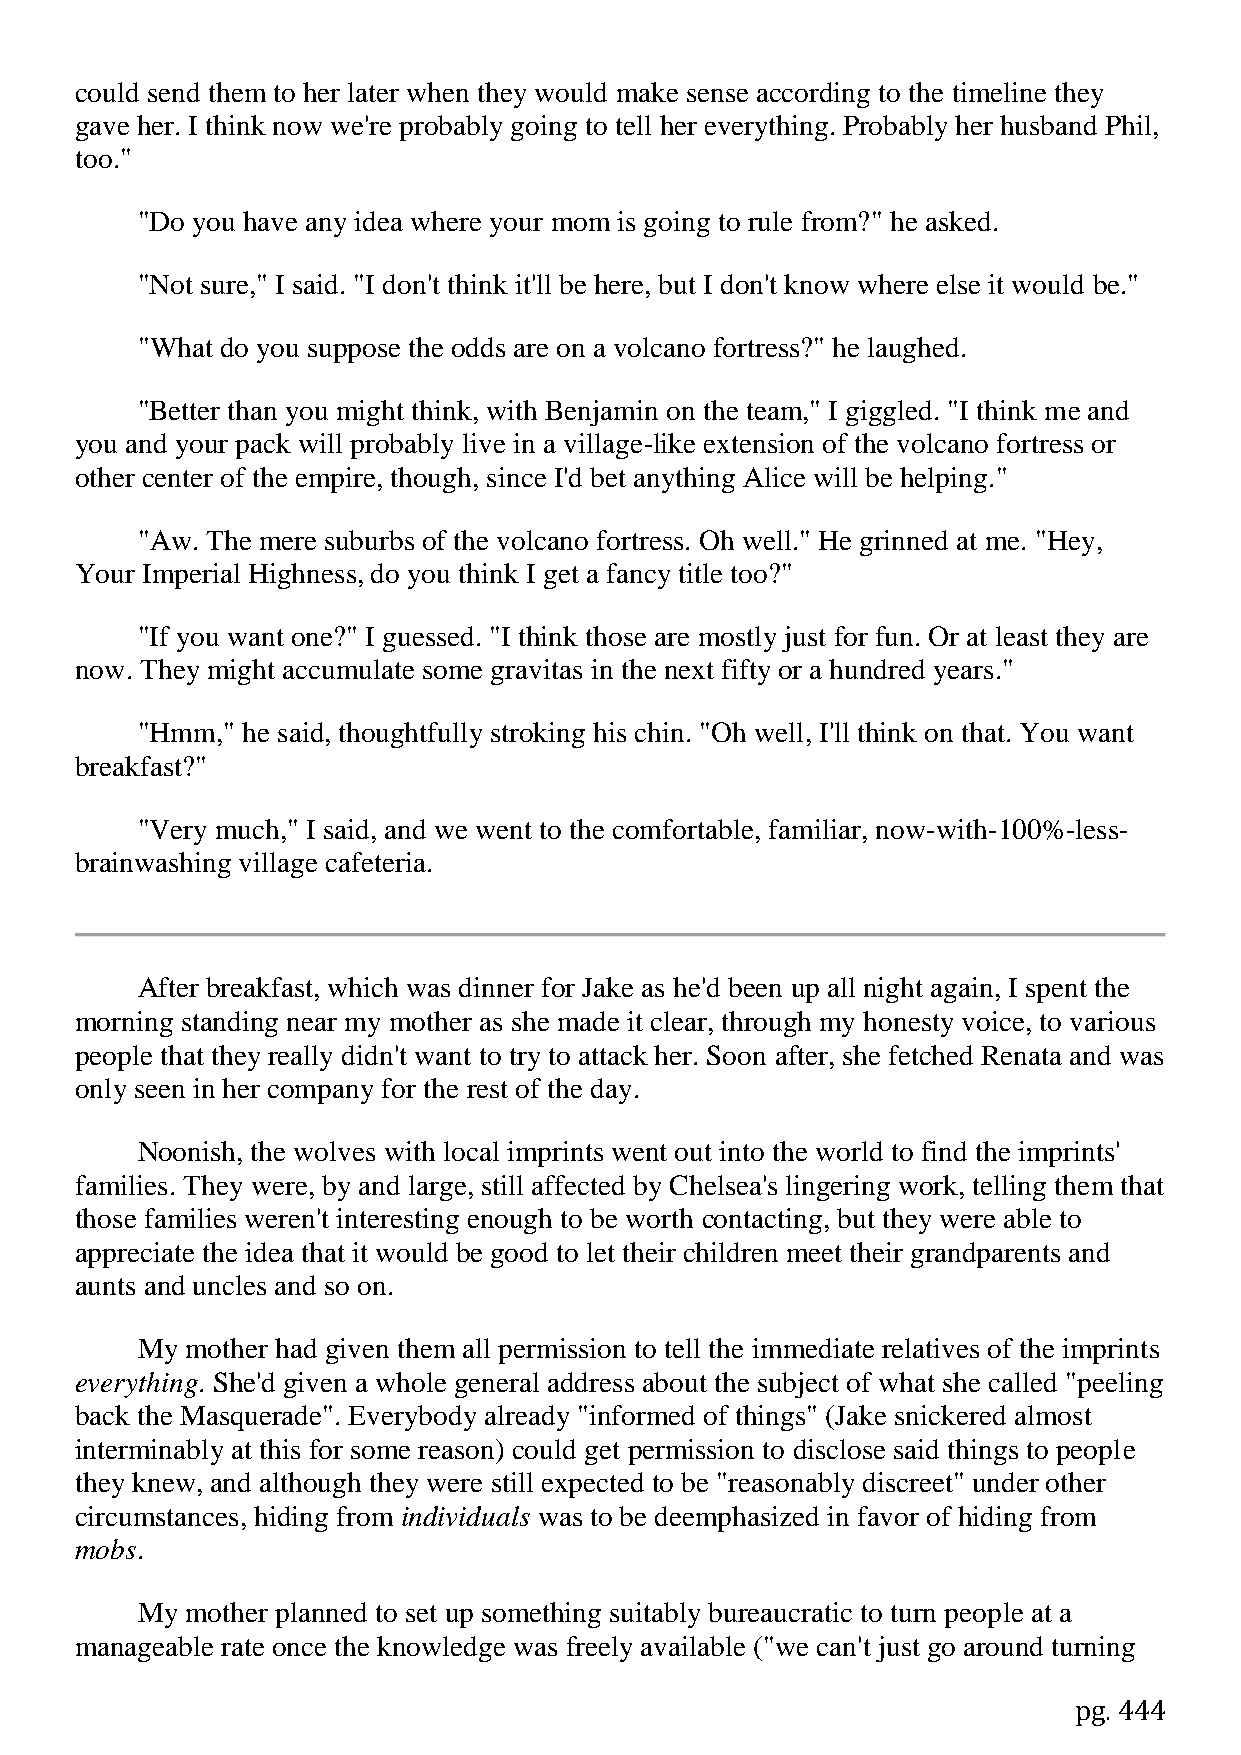
could send them to her later when they would make sense according to the timeline they
 gave her. I think now we're probably going to tell her everything. Probably her husband Phil,
 too."
 "Do you have any idea where your mom is going to rule from?" he asked.
 "Not sure," I said. "I don't think it'll be here, but I don't know where else it would be."
 "What do you suppose the odds are on a volcano fortress?" he laughed.
 "Better than you might think, with Benjamin on the team," I giggled. "I think me and
 you and your pack will probably live in a village-like extension of the volcano fortress or
 other center of the empire, though, since I'd bet anything Alice will be helping."
 "Aw. The mere suburbs of the volcano fortress. Oh well." He grinned at me. "Hey,
 Your Imperial Highness, do you think I get a fancy title too?"
 "If you want one?" I guessed. "I think those are mostly just for fun. Or at least they are
 now. They might accumulate some gravitas in the next fifty or a hundred years."
 "Hmm," he said, thoughtfully stroking his chin. "Oh well, I'll think on that. You want
 breakfast?"
 "Very much," I said, and we went to the comfortable, familiar, now-with-100%-less-
 brainwashing village cafeteria.
 After breakfast, which was dinner for Jake as he'd been up all night again, I spent the
 morning standing near my mother as she made it clear, through my honesty voice, to various
 people that they really didn't want to try to attack her. Soon after, she fetched Renata and was
 only seen in her company for the rest of the day.
 Noonish, the wolves with local imprints went out into the world to find the imprints'
 families. They were, by and large, still affected by Chelsea's lingering work, telling them that
 those families weren't interesting enough to be worth contacting, but they were able to
 appreciate the idea that it would be good to let their children meet their grandparents and
 aunts and uncles and so on.
 My mother had given them all permission to tell the immediate relatives of the imprints
 everything. She'd given a whole general address about the subject of what she called "peeling
 back the Masquerade". Everybody already "informed of things" (Jake snickered almost
 interminably at this for some reason) could get permission to disclose said things to people
 they knew, and although they were still expected to be "reasonably discreet" under other
 circumstances, hiding from individuals was to be deemphasized in favor of hiding from
 mobs.
 My mother planned to set up something suitably bureaucratic to turn people at a
 manageable rate once the knowledge was freely available ("we can't just go around turning
 pg. 444